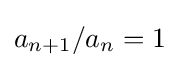
a_{n+1}/a_{n}=1